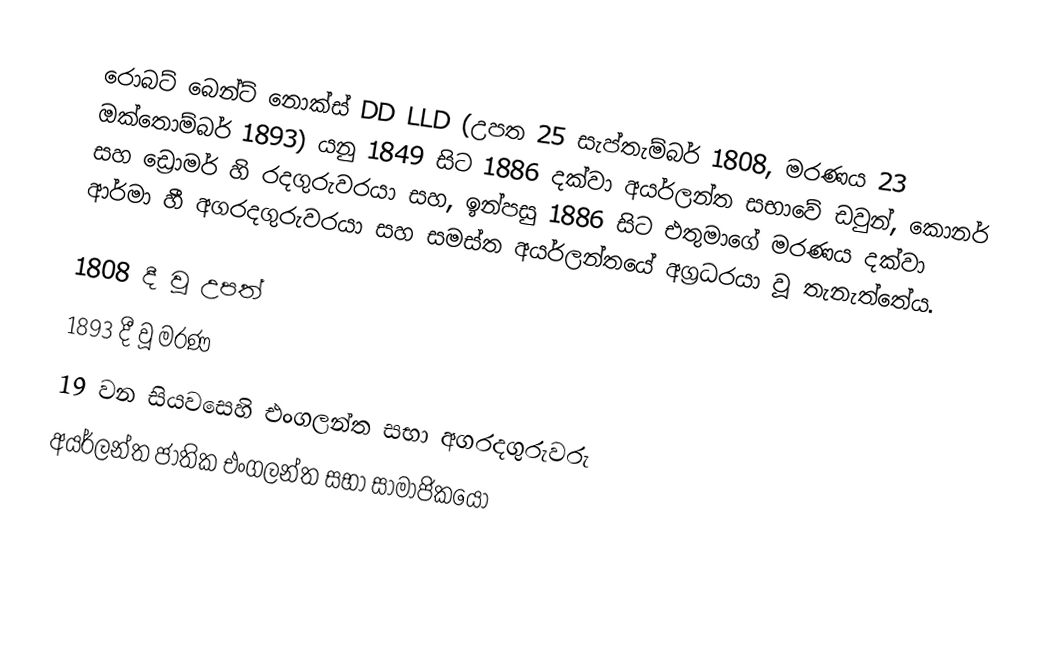
රොබට් බෙන්ට් නොක්ස් DD LLD (උපත 25 සැප්තැම්බර් 1808, මරණය 23 ඔක්තොම්බර් 1893) යනු 1849 සිට 1886 දක්වා අයර්ලන්ත සභාවේ ඩවුන්, කොනර් සහ ඩ්‍රොමර් හි රදගුරුවරයා සහ, ඉන්පසු 1886 සිට එතුමාගේ මරණය දක්වා  ආර්මා හී අගරදගුරුවරයා සහ සමස්ත අයර්ලන්තයේ අග්‍රධරයා වූ තැනැත්තේය.

1808 දී වූ උපත්
1893 දී වූ මරණ
19 වන සියවසෙහි එංගලන්ත සභා අගරදගුරුවරු
අයර්ලන්ත ජාතික එංගලන්ත සභා සාමාජිකයෝ